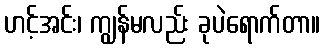
ဟင့်အင်း၊ ကျွန်မလည်း ခုပဲရောက်တာ။